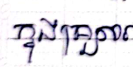
ក្នុងគ្រួសារ